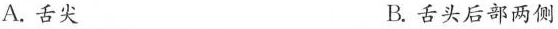
A. 舌尖 B. 舌头后部两侧